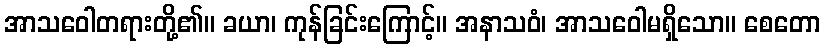
အာသဝေါတရားတို့၏။ ခယာ၊ ကုန်ခြင်းကြောင့်။ အနာသဝံ၊ အာသဝေါမရှိသော။ စေတော